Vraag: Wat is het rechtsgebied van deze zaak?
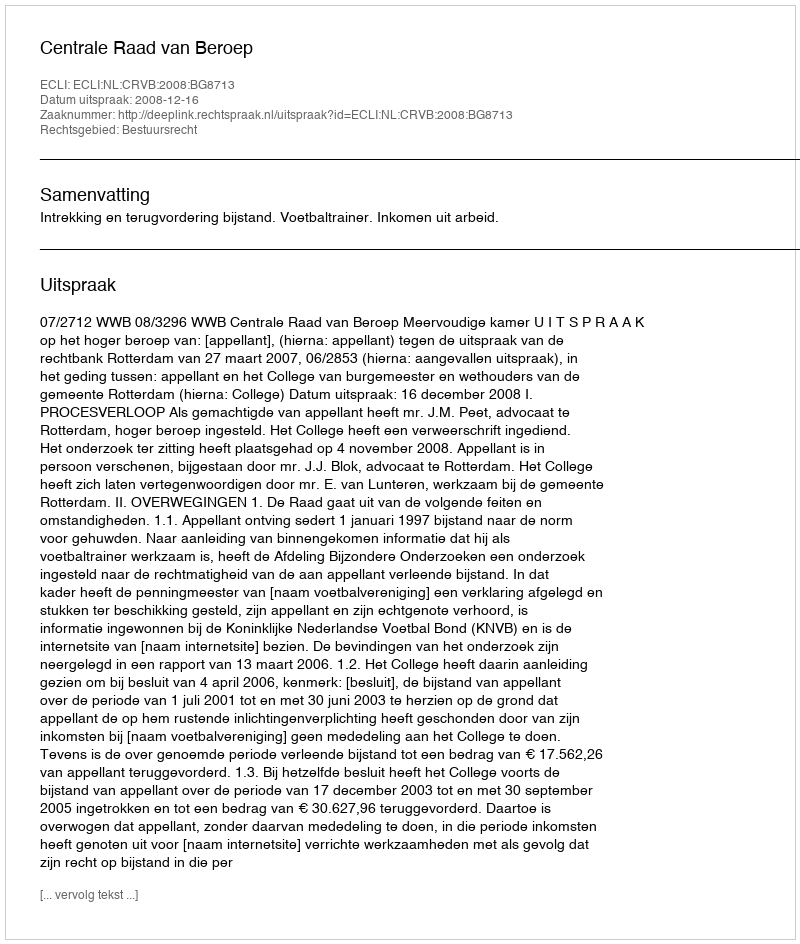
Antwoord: Bestuursrecht